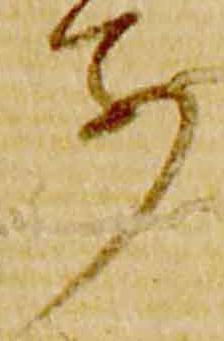
別